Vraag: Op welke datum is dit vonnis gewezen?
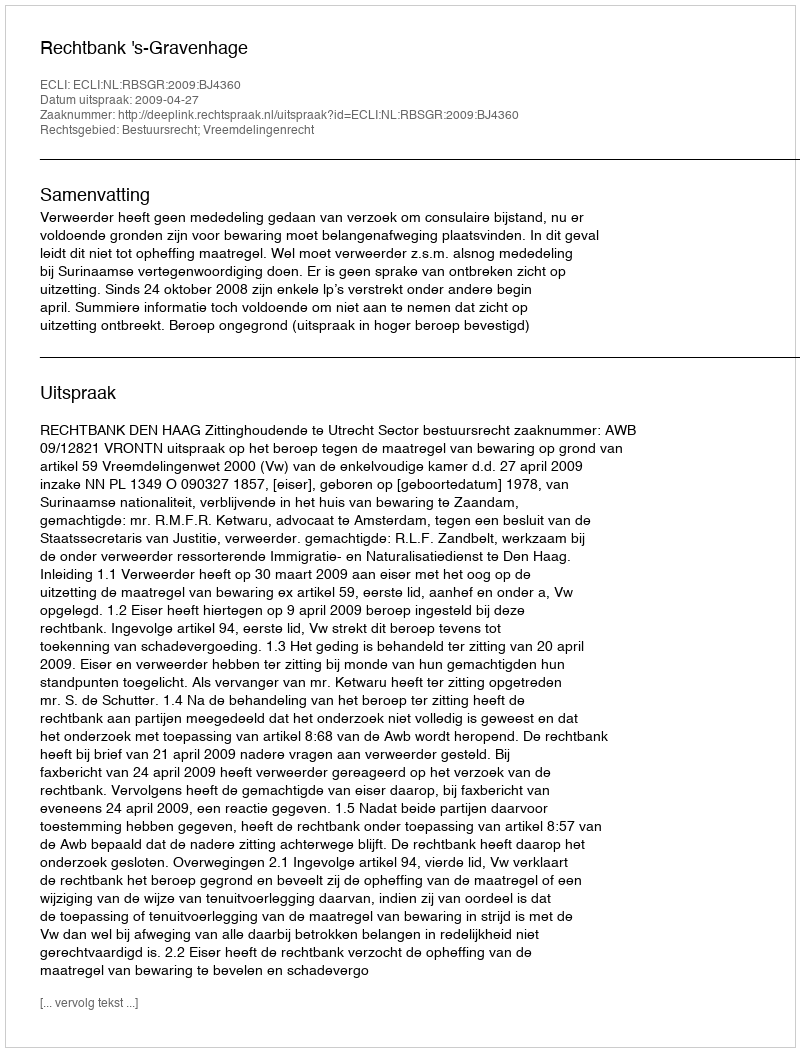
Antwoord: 2009-04-27